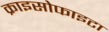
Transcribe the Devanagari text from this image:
क्राइसोफाइटा